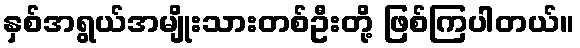
နှစ်အရွယ်အမျိုးသားတစ်ဦးတို့ ဖြစ်ကြပါတယ်။